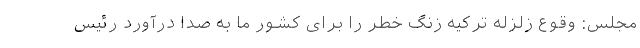
مجلس: وقوع زلزله ترکیه زنگ خطر را برای کشور ما به صدا درآورد رئیس